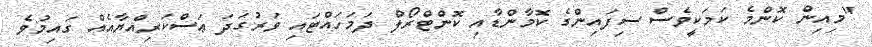
"މިއިން ކޮންމެ ކަމަކީވެސް ސިފައިންގެ ކޮމާންޑާއި ކޮންޓްރޯލް ދަމަހައްޓައި ވަރުގަދަ ޢަސްކަރިއްޔާއެއް ގައިމުވެ